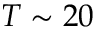
T \sim 2 0